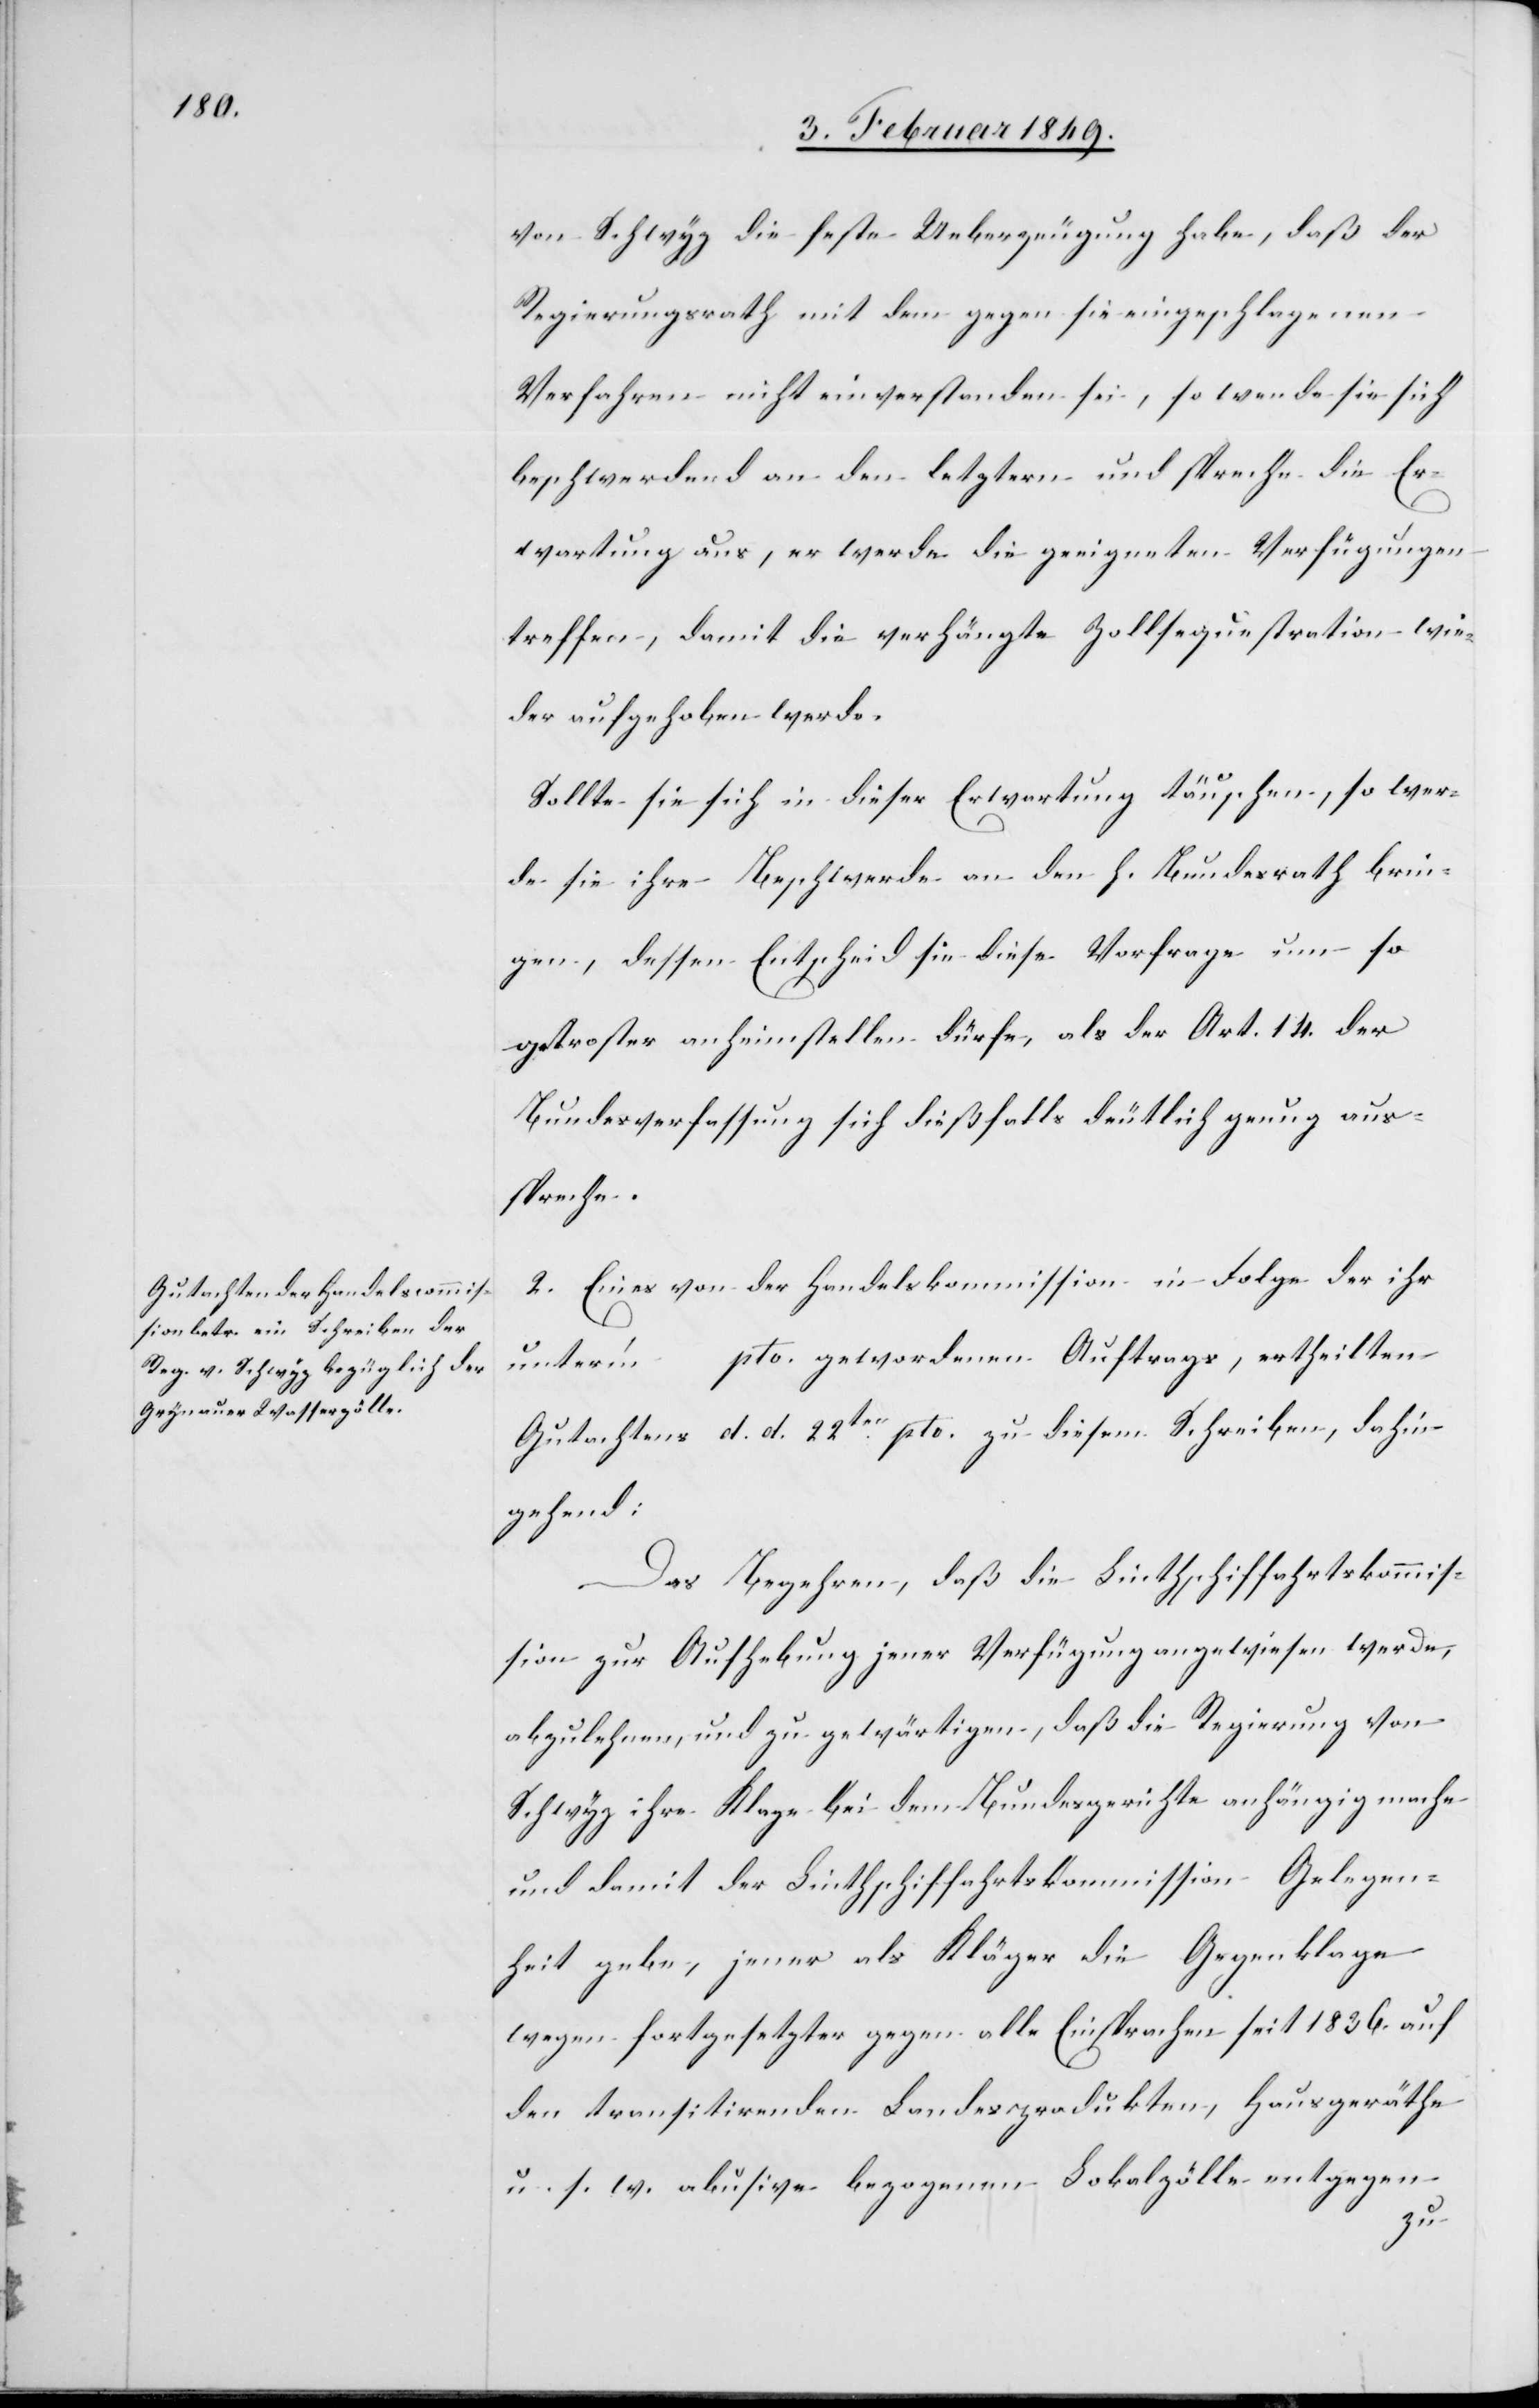
von Schwyz die feste Ueberzeugung habe, daß der
Regierungsrath mit dem gegen sie eingeschlagenen
Verfahren nicht einverstanden sei, so wende sie sich
beschwerdend an den letztern und spreche die Er¬
wartung aus, er werde die geeigneten Verfügungen
treffen, damit die verhängte Zollsequestration wie¬
der aufgehoben werde.
Sollte sie sich in dieser Erwartung täuschen, so wer¬
de sie ihre Beschwerde an den h. Bundesrath brin¬
gen, dessen Entscheid sie diese Vorfrage um so
getroster anheimstellen dürfe, als der Art. 14. der
Bundesverfassung sich dießfalls deutlich genug aus¬
spreche.
2. Eines von der Handelskommission in Folge der ihr
unter’m […] pto. gewordenen Auftrags, ertheilten
Gutachtens d. d. 22ten. pto. zu diesem Schreiben, dahin¬
gehend:
Das Begehren, daß die Linthschiffahrtskommis¬
sion zur Aufhebung jener Verfügung angewiesen werde,
abzulehnen, und zu gewärtigen, daß die Regierung von
Schwyz ihre Klage bei dem Bundesgerichte anhängig mache
und damit der Linthschiffahrtskommission Gelegen¬
heit gebe, jener als Kläger die Gegenklage
wegen fortgesetzter gegen alle Einsprachen seit 1836. auf
den transitirenden Landesprodukten, Hausgeräthe
u. s. w. abusive bezogenen Lokalzölle entgegen